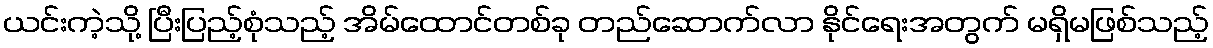
ယင်းကဲ့သို့ ပြီးပြည့်စုံသည့် အိမ်ထောင်တစ်ခု တည်ဆောက်လာ နိုင်ရေးအတွက် မရှိမဖြစ်သည့်